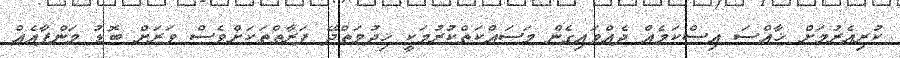
ކުރިއެރުމަށް ޚާއްސަ އިސްކަމެއް ދެއްވައިގެން މަސައްކަތްކުރުމަކީ ޚިދުމަތްދޭ ފަރާތްތަކަށްވެސް ވަރަށް ބޮޑު މަންފާއެއް